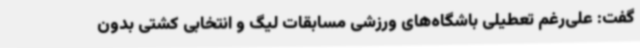
گفت: علی‌رغم تعطیلی باشگاه‌های ورزشی مسابقات لیگ و انتخابی کشتی بدون